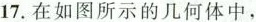
17.在如图所示的几何体中，